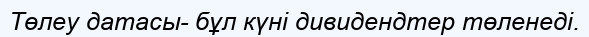
Төлеу датасы- бұл күні дивидендтер төленеді.